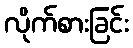
လိုက်စားခြင်း